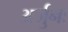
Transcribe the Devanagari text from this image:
अर्जुनः